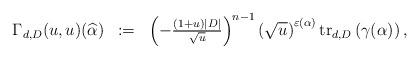
LaTeX: \begin{align*}\begin{array}{crcl} \Gamma_{d,D}(u, u)(\widehat{\alpha})&:=& \left (- \frac{(1+ u)|D|}{\sqrt{u} } \right)^{n-1} \left(\sqrt{u}\right)^{\varepsilon(\alpha)} {\rm tr}_{d,D}\left(\gamma(\alpha)\right) ,\end{array}\end{align*}